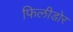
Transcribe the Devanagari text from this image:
फिलीडोर